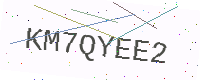
Text: KM7QYEE2